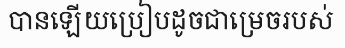
បានឡើយប្រៀបដូចជាម្រេចរបស់